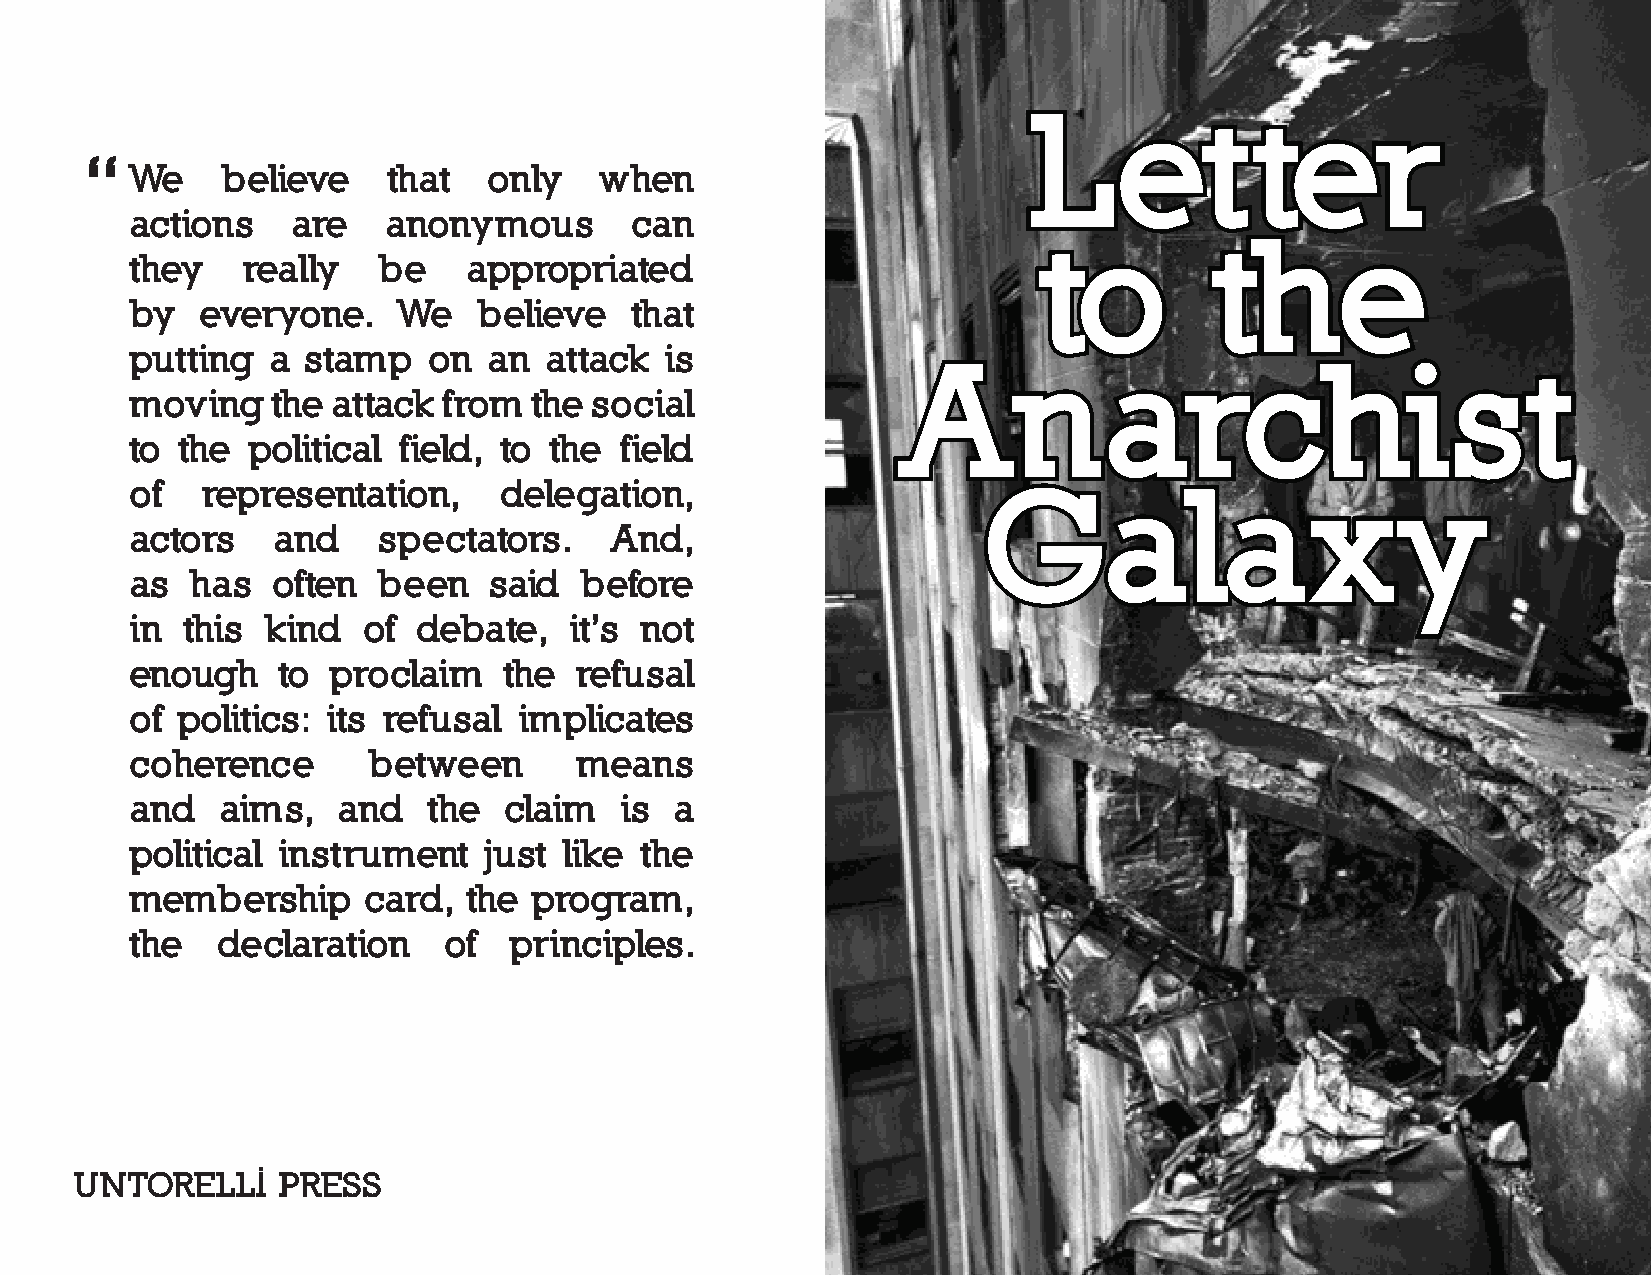
Let            ter
 “
 We    believe    that  only    when
 actions   are    anonymous       can
 to         the
 they   really   be    appropriated
 by  everyone.    We    believe   that
 putting  a stamp   on  an  attack  is
 Anarchist
 moving   the attack from  the social
 to the  political field, to the field
 of  representation,     delegation,
 Galaxy
 actors   and    spectators.    And,
 as  has  often  been   said  before
 in this  kind  of  debate,   it’s not
 enough   to  proclaim   the  refusal
 of politics: its refusal implicates
 coherence      between       means
 and   aims,  and   the  claim   is  a
 political instrument   just like the
 membership     card,  the program,
 the  declaration    of   principles.
 untorelli     press